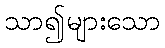
သာ၍များသော